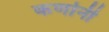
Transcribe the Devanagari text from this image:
कर्णानी